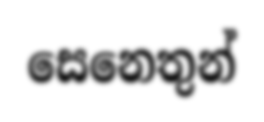
සෙනෙතුන්